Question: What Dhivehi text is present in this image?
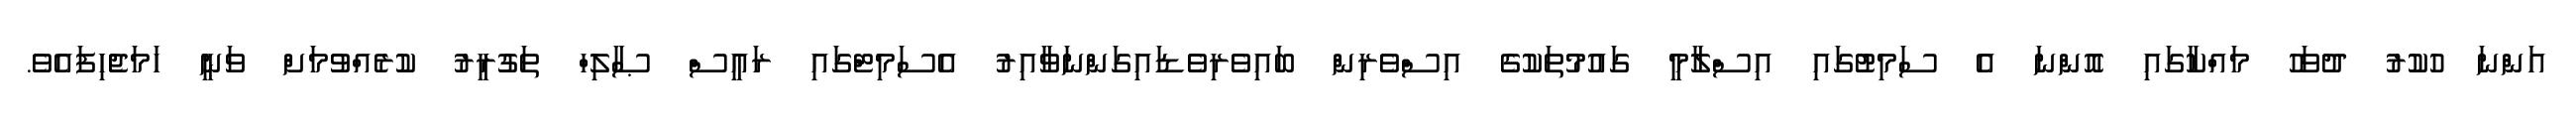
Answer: އަންނަ ހުކުރު ދުވަހު މައްކާގައި އޮންނަ އެ ސަމިޓުގައި އިސްލާމީ ގައުމުތަކުގެ އިސްވެރިން ބައިވެރިވެޑައިގަންނަވާއިރު އެސަމިޓްގައި ރައީސް ޞާލިހް ތަގުރީރު ކުރެއްވުމަށް ވަނީ ހަމަޖެހިފައެވެ.